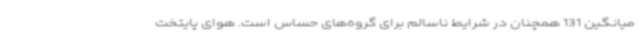
میانگین 131 همچنان در شرایط ناسالم برای گروه‌های حساس است. هوای پایتخت